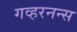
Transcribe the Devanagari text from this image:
गव्हरनन्स